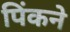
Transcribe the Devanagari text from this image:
पिंकने